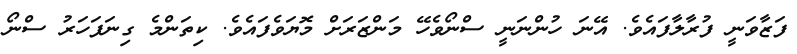
ފަޒާވަނީ ފުރާލާފައެވެ. އޭނަ ހުންނަނީ ސްނޯވެހޭ މަންޒަރަށް މޮޔަވެފައެވެ. ކިތަންމެ ގިނަފަހަރު ސްނޯ